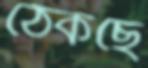
ঠেকছে